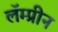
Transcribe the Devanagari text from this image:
लॅम्प्रीन